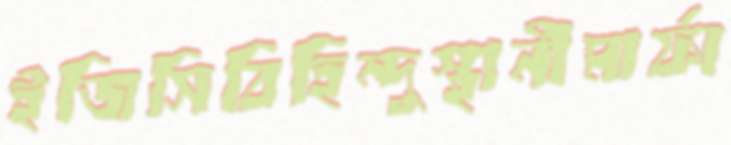
ইজিসিবিহিন্দুস্থানীমার্ফা